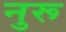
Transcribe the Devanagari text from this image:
नुरू